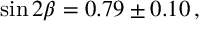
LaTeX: \sin 2 \beta = 0 . 7 9 \pm 0 . 1 0 \, ,